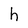
Character: h